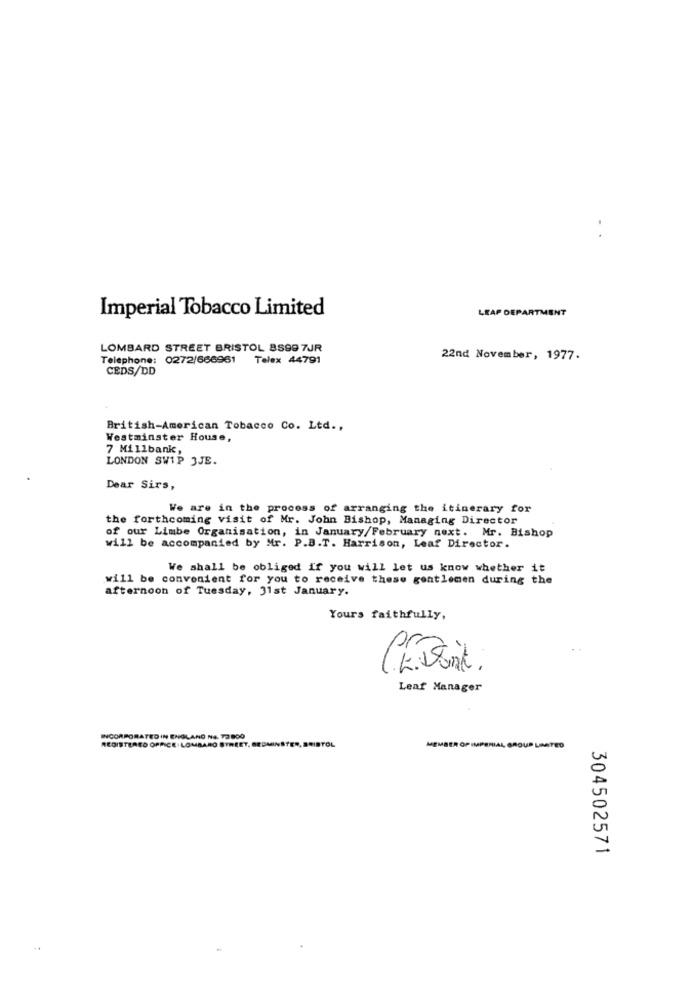
Imperial Tobacco Limited
LEAP DEPARTMENT
LOMBARD STREET BRISTOL BS99 7JR
Telephone: 0272/666961 Telex 44791
22nd November, 1977.
CEDS/DD
British-American Tobacco Co. Ltd .,
Westminster House,
7 Millbank,
LONDON SWIP 3JE.
Dear Sirs,
We are in the process of arranging the itinerary for
the forthcoming visit of Mr. John Bishop, Managing Director
of our Limbe Organisation, in January/February next. Mr. Bishop
will be accompanied by Mr. P.B.T. Harrison, Leaf Director.
We shall be obliged if you will let us know whether it
will be convenient for you to receive these gentlemen during the
afternoon of Tuesday, 31st January.
Yours faithfully,
Leaf Manager
INCORPORATED IN ENGLAND NE. 72 800
REGISTERED OFFICE LOMBARD STREET,
MEMBER OP IMPERIAL GROUP LIMITED
304502571